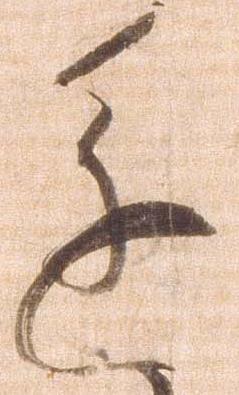
進